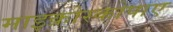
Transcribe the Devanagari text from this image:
माइक्रोस्कोपाए